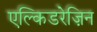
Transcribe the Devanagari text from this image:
एल्किडरेज़िन